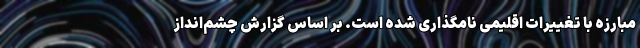
مبارزه با تغییرات اقلیمی نامگذاری شده است. بر اساس گزارش چشم‌انداز